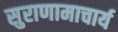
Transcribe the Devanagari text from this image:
सुराणामाचार्य